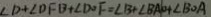
\angle D + \angle D F B + \angle D O F = \angle B + \angle B A O + \angle B O A